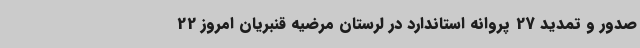
صدور و تمدید 27 پروانه استاندارد در لرستان مرضیه قنبریان امروز 22